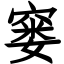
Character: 窭